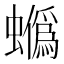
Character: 𧓯